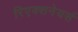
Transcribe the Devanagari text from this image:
रिएक्शनेयर्स